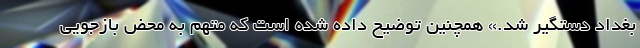
بغداد دستگیر شد.» همچنین توضیح داده شده است که متهم به محض بازجویی